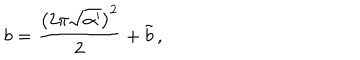
LaTeX: b = \frac { \left( 2 \pi \sqrt { \alpha ^ { \prime } } \right) ^ { 2 } } { 2 } + \tilde { b } \, ,